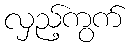
လှည့်ကွက်